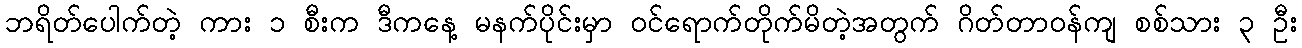
ဘရိတ်ပေါက်တဲ့ ကား ၁ စီးက ဒီကနေ့ မနက်ပိုင်းမှာ ဝင်ရောက်တိုက်မိတဲ့အတွက် ဂိတ်တာဝန်ကျ စစ်သား ၃ ဦး